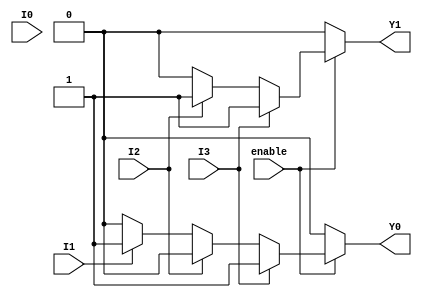
module encoder_4to2 (
    input wire I0,
    input wire I1,
    input wire I2,
    input wire I3,
    input wire enable, // Optional enable signal
    output reg Y1,
    output reg Y0
);

always @(*) begin
    // Default output for when enable is low or no inputs are active
    if (!enable) begin
        Y1 = 1'b0;
        Y0 = 1'b0;
    end
    else begin
        // Priority encoding
        if (I3) begin
            Y1 = 1'b1; // Highest priority
            Y0 = 1'b1;
        end
        else if (I2) begin
            Y1 = 1'b1;
            Y0 = 1'b0;
        end
        else if (I1) begin
            Y1 = 1'b0;
            Y0 = 1'b1;
        end
        else if (I0) begin
            Y1 = 1'b0;
            Y0 = 1'b0;
        end
        else begin
            // No active input
            Y1 = 1'b0;
            Y0 = 1'b0;
        end
    end
end

endmodule